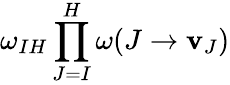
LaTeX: \omega_{IH}\prod_{J=I}^{H}\omega(J\to\mathbf{v}_{J})